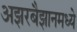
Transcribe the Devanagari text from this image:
अझरबैझानमध्ये